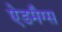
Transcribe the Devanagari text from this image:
ऐडमैग्स